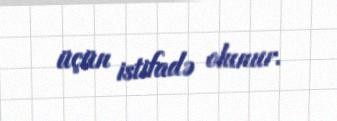
üçün istifadə olunur.